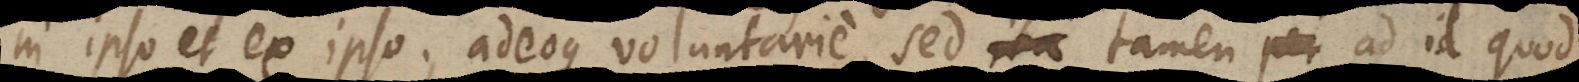
in ipso et ex ipso; adeoque voluntarie, sed ita tamen per ad id quod